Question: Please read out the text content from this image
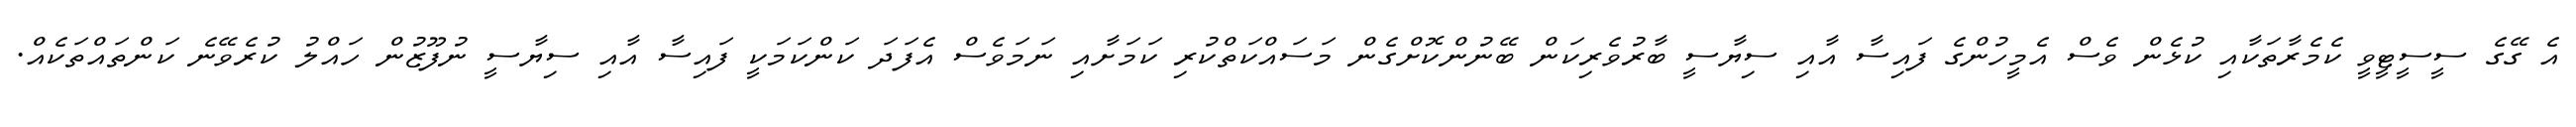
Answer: އެ ގޭގެ ސީސީޓީވީ ކެމެރާތަކާއި ކުޅެން ވެސް އެމީހުންގެ ފައިސާ އާއި ސިޔާސީ ބާރުވެރިކަން ބޭނުންކޮށްގެން މަސައްކަތްކުރި ކަމަށާއި ނަމަވެސް އެފަދަ ކަންކަމަކީ ފައިސާ އާއި ސިޔާސީ ނުފޫޒުން ހައްލު ކުރެވޭނެ ކަންތައްތަކެއް.